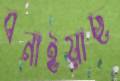
বনাইয়াছ